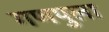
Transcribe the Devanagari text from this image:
गणपुला